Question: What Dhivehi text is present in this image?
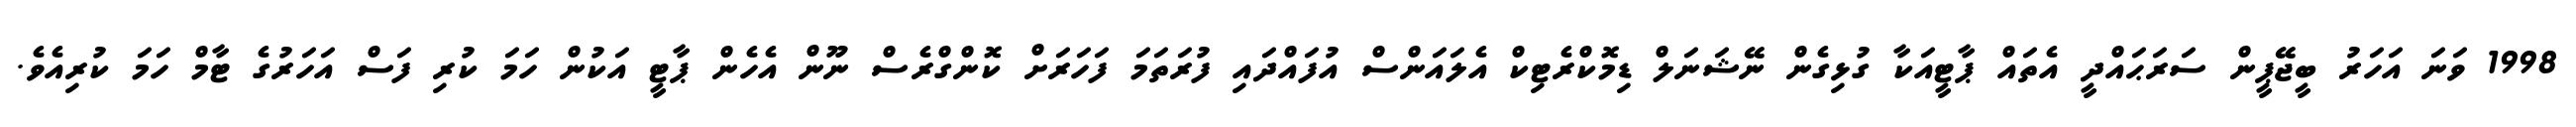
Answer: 1998 ވަނަ އަހަރު ބީޖޭޕީން ސަރަޙައްދީ އެތައް ޕާޓީއަކާ ގުޅިގެން ނޭޝަނަލް ޑިމޮކްރެޓިކް އެލައަންސް އުފައްދައި ފުރަތަމަ ފަހަރަށް ކޮންގްރެސް ނޫން އެހެން ޕާޓީ އަކުން ހަމަ ކުރި ފަސް އަހަރުގެ ޓާމް ހަމަ ކުރިއެވެ.